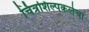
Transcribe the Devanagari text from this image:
चित्रशिल्पकलेचा